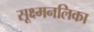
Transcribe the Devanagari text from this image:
सूक्ष्मनलिका